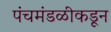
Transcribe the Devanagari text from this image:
पंचमंडळीकडून